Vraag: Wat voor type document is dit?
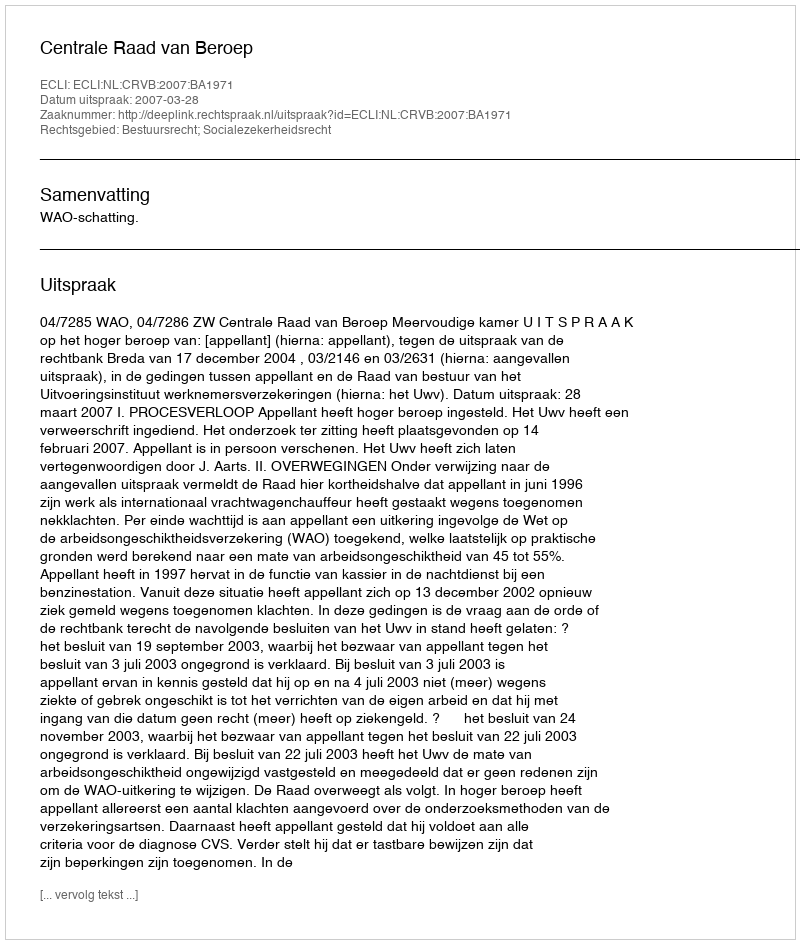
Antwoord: Uitspraak